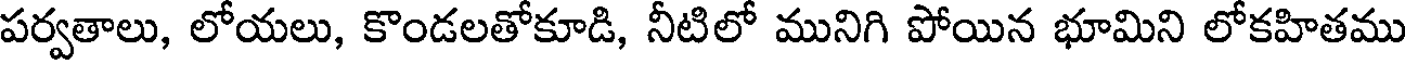
పర్వతాలు, లోయలు, కొండలతోకూడి, నీటిలో మునిగి పోయిన భూమిని లోకహితము